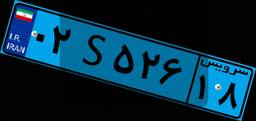
۱۰S۹۸۱۲۰